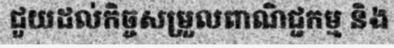
ជួយដល់កិច្ចសម្រួលពាណិជ្ជកម្ម និង